Vaccination in the Punjab 1867-1880 - 1867-1880
Year: 1867
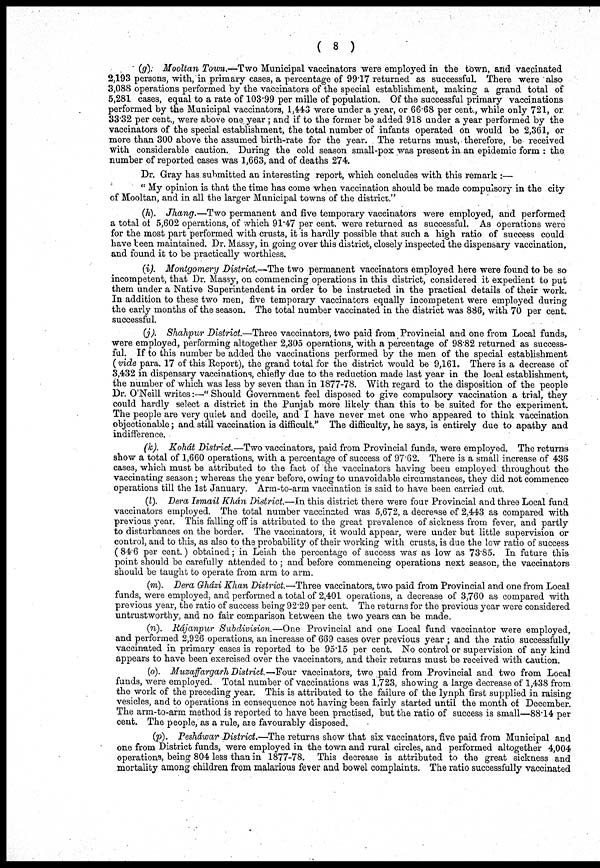
( 8 )
(g). Mooltan Town.—Two Municipal vaccinators were employed in the town, and vaccinated
2,193 persons, with, in primary cases, a percentage of 9917 returned as successful. There were also
3,088 operations performed by the vaccinators of the special establishment, making a grand total of
5,281 cases, equal to a rate of 103.99 per mille of population. Of the successful primary vaccinations
performed by the Municipal vaccinators, 1,443 were under a year, or 66.68 per cent., while only 721, or
33.32 per cent., were above one year ; and if to the former be added 918 under a year performed by the
vaccinators of the special establishment, the total number of infants operated on would be 2,361, or
more than 300 above the assumed birth-rate for the year. The returns must, therefore, be received
with considerable caution. During the cold season small-pox was present in an epidemic form : the
number of reported cases was 1,663, and of deaths 274.
Dr. Gray has submitted an interesting report, which concludes with this remark :—
" My opinion is that the time has come when vaccination should be made compulsory in the city
of Mooltan, and in all the larger Municipal towns of the district."
(h). Jhang.—Two permanent and five temporary vaccinators were employed, and performed
a total of 5,602 operations, of which 91.47 per cent. were returned as successful. As operations were
for the most part performed with crusts, it is hardly possible that such a high ratio of success could
have teen maintained. Dr. Massy, in going over this district, closely inspected the dispensary vaccination,
and found it to be practically worthless.
(i). Montgomery District.—The two permanent vaccinators employed here were found to be so
incompetent, that Dr. Massy, on commencing operations in this district, considered it expedient to put
them under a Native Superintendent in order to be instructed in the practical details of their work.
In addition to these two men, five temporary vaccinators equally incompetent were employed during
the early months of the season. The total number vaccinated in the district was 886, with 70 per cent.
successful.
(j). Shahpur District.—Three vaccinators, two paid from Provincial and one from Local funds,
were employed, performing altogether 2,305 operations, with a percentage of 9882 returned as success-
ful. If to this number be added the vaccinations performed by the men of the special establishment
(vide para. 17 of this Report), the grand total for the district would be 9,161. There is a decrease of
3,432 in dispensary vaccinations, chiefly due to the reduction made last year in the local establishment,
the number of which was less by seven than in 1877-78. With regard to the disposition of the people
Dr. O'Neill writes:—" Should Government feel disposed to give compulsory vaccination a trial, they
could hardly select a district in the Punjab more likely than this to be suited for the experiment.
The people are very quiet and docile, and I have never met one who appeared to think vaccination
objectionable; and still vaccination is difficult." The difficulty, he says, is entirely due to apathy and
indifference.
(k). Kohát District.—Two vaccinators, paid from Provincial funds, were employed. The returns
show a total of 1,660 operations, with a percentage of success of 97.62. There is a small increase of 436
cases, which must be attributed to the fact of the vaccinators having been employed throughout the
vaccinating season; whereas the year before, owing to unavoidable circumstances, they did not commence
operations till the 1st January. Arm-to-arm vaccination is said to have been carried out.
(l). Dera Ismail Khán District.—In this district there were four Provincial and three Local fund
vaccinators employed. The total number vaccinated was 5,672, a decrease of 2,443 as compared with
previous year. This falling off is attributed to the great prevalence of sickness from fever, and partly
to disturbances on the border. The vaccinators, it would appear, were under but little supervision or
control, and to this, as also to the probability of their working with crusts, is due the low ratio of success
( 84.6 per cent.) obtained ; in Leiah the percentage of success was as low as 73.85. In future this
point should be carefully attended to ; and before commencing operations next season, the vaccinators
should be taught to operate from arm to arm.
(m). Dera Gházi Khan District.—Three vaccinators, two paid from Provincial and one from Local
funds, were employed, and performed a total of 2,401 operations, a decrease of 3,760 as compared with
previous year, the ratio of success being 92.29 per cent. The returns for the previous year were considered
untrustworthy, and no fair comparison between the two years can be made.
(n). Rájanpur Subdivision.—One
Provincial and one Local fund vaccinator were employed,
and performed 2,926 operations, an increase of 669 cases over previous year ; and the ratio successfully
vaccinated in primary cases is reported to be 95.15 per cent. No control or supervision of any kind
appears to have been exercised over the vaccinators, and their returns must be received with caution.
(o). Muzaffargarh District.—Four vaccinators, two paid from Provincial and two from Local
funds, were employed. Total number of vaccinations was 1,723, showing a large decrease of 1,438 from
the work of the preceding year. This is attributed to the failure of the lynph first supplied in raising
vesicles, and to operations in consequence not having been fairly started until the month of December.
The arm-to-arm method is reported to have been practised, but the ratio of success is small—88.14 per
cent. The people, as a rule, are favourably disposed.
(p). Pesháwar District.—The returns show that six vaccinators, five paid from Municipal and
one from District funds, were employed in the town and rural circles, and performed altogether 4,004
operations, being 804 less than in 1877-78. This decrease is attributed to the great sickness and
mortality among children from malarious fever and bowel complaints. The ratio successfully vaccinated